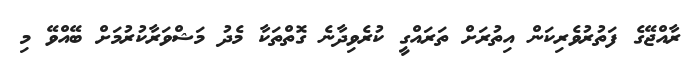
ރާއްޖޭގެ ފަތުރުވެރިކަން އިތުރަށް ތަރައްގީ ކުރެވިދާނެ ގޮތްތަކާ މެދު މަޝްވަރާކުރުމަށް ބޭއްވޭ މި